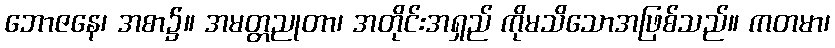
ဘောဇနေ၊ အစာ၌။ အမတ္တညုတာ၊ အတိုင်းအရှည် ကိုမသိသောအဖြစ်သည်။ ကတမာ၊